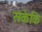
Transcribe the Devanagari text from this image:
सकेकि